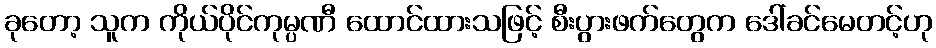
ခုတော့ သူက ကိုယ်ပိုင်ကုမ္ပဏီ ထောင်ထားသဖြင့် စီးပွားဖက်တွေက ဒေါ်ခင်မေတင့်ဟု